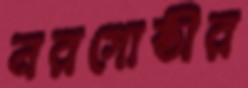
নরগোষ্ঠীর